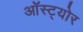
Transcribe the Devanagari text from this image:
ऑस्ट्योर